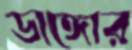
ডাঙ্গোর